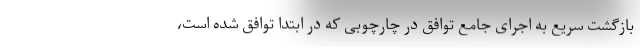
بازگشت سریع به اجرای جامع توافق در چارچوبی که در ابتدا توافق شده است،